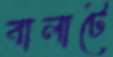
বালাটে